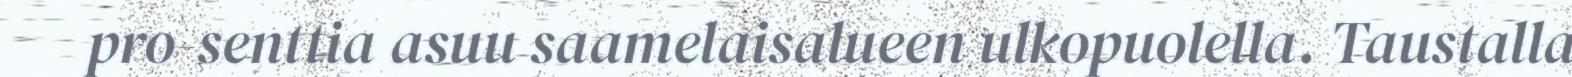
pro-senttia asuu saamelaisalueen ulkopuolella. Taustalla